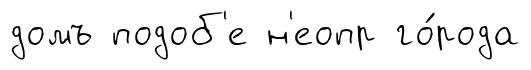
домъ подоб'е н'еопр го́рода